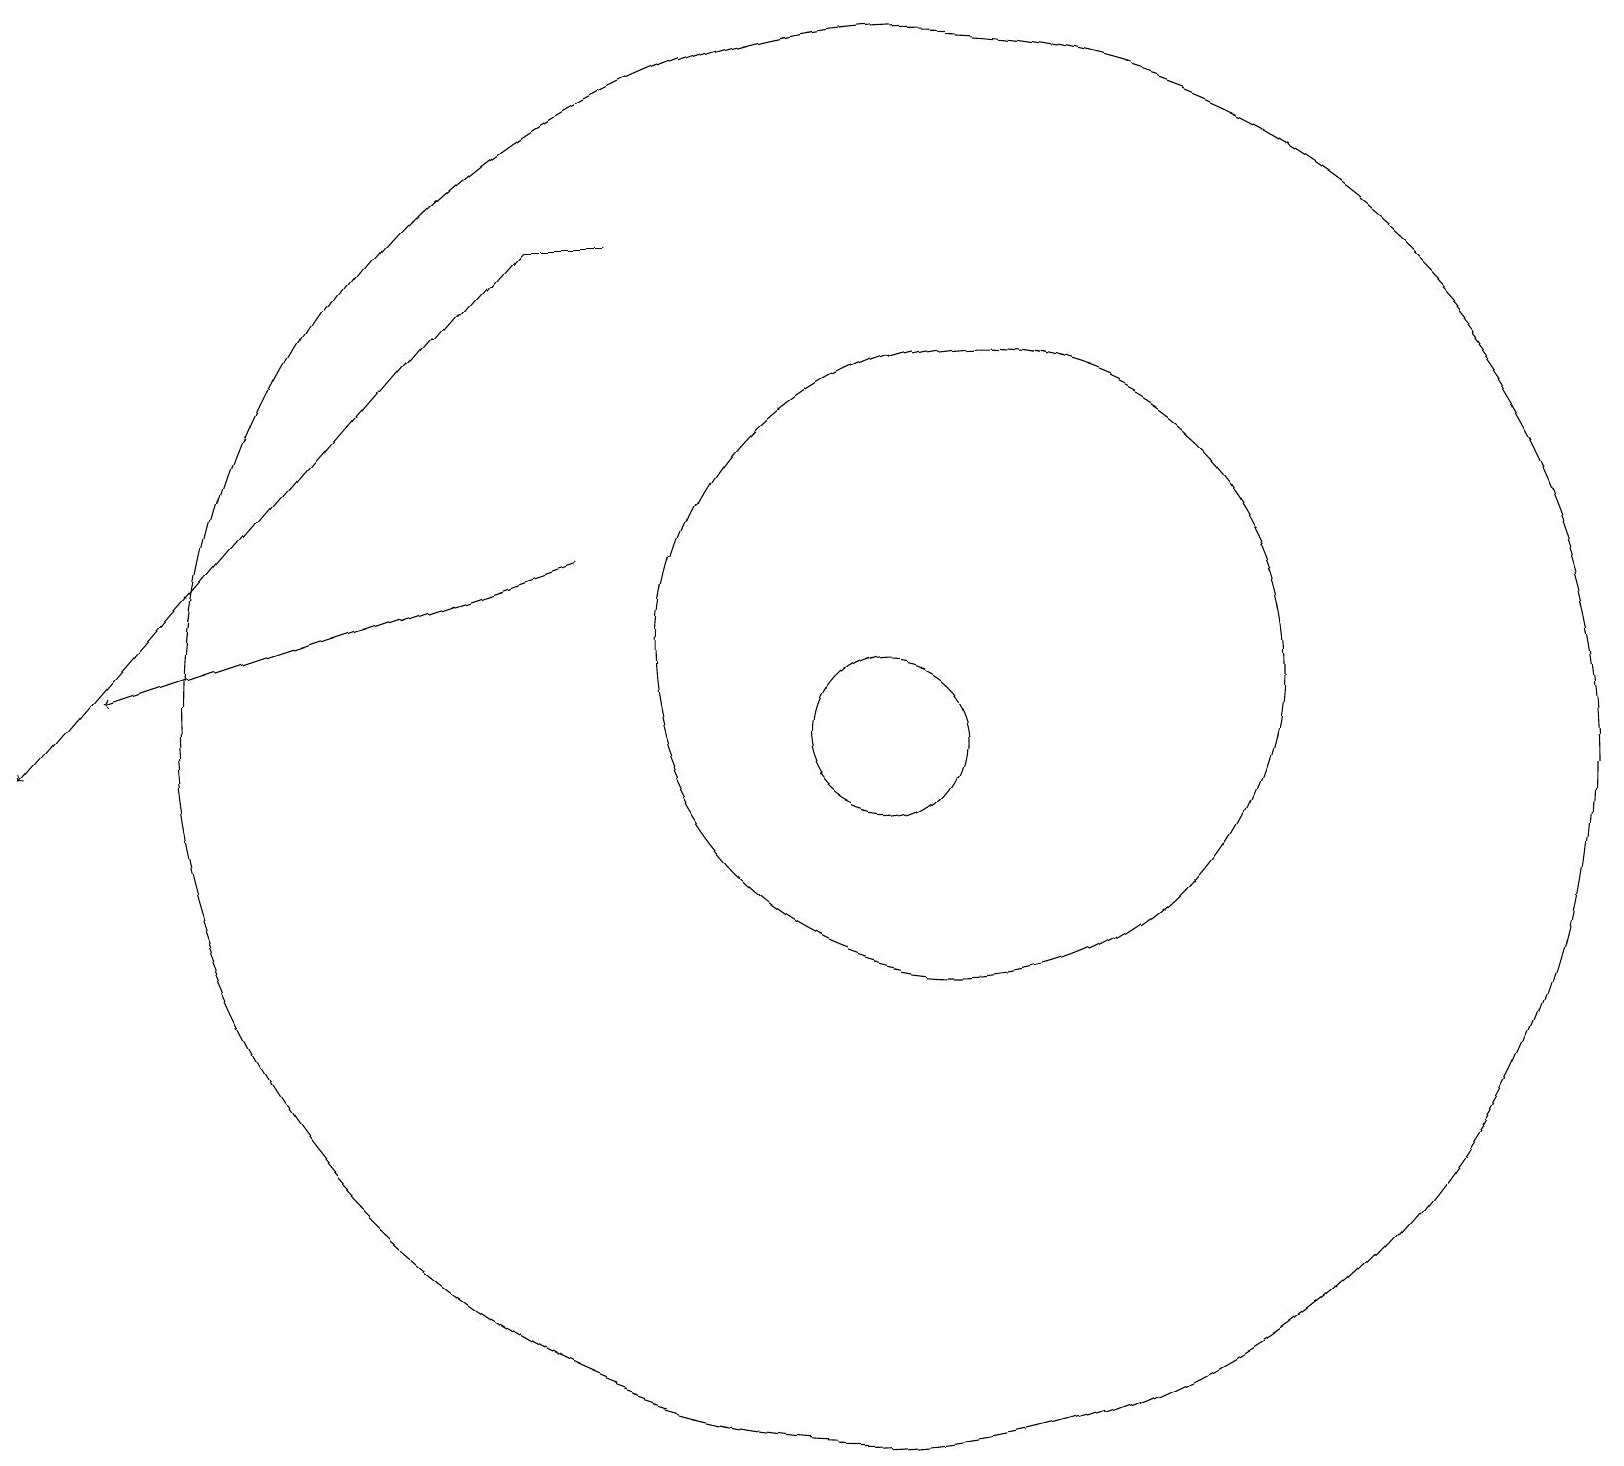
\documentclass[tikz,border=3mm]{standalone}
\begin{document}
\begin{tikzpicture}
\draw (7,17) rectangle (6,17);
\draw (11,11) circle (1);
\draw[->] (6,17) -- (0,10);
\draw (12,12) circle (4);
\draw[->] (7,13) -- (1,11);
\draw (11,11) circle (9);
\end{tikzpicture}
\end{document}